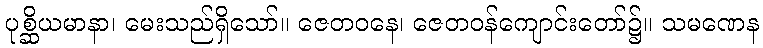
ပုစ္ဆိယမာနာ၊ မေးသည်ရှိသော်။ ဇေတဝနေ၊ ဇေတဝန်ကျောင်းတော်၌။ သမဏေန